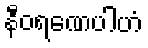
နီဝရဏေပါဟံ